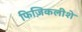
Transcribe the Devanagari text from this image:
फिज़िकलीशे